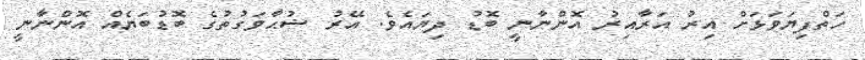
ހަތްފިޔަވަޅަށް އިރު އަރާއިރު އޮންނާނީ ބޮޑު ދިޔައެވެ. އޭރު ޟުޙާވަގުތުގެ ބޮޑުބަޔެއް އޮންނާނީ